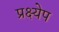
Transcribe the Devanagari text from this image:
प्रक्ष्येप